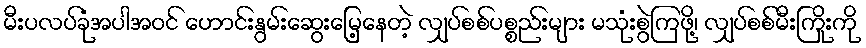
မီးပလပ်ခုံအပါအဝင် ဟောင်းနွမ်းဆွေးမြေ့နေတဲ့ လျှပ်စစ်ပစ္စည်းများ မသုံးစွဲကြဖို့၊ လျှပ်စစ်မီးကြိုးကို